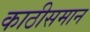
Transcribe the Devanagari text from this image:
काठीसमान